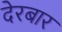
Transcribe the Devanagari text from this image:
देरबार